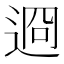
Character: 䢛